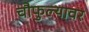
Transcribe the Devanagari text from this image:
चौफुल्यावर